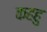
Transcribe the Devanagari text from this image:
कहहु